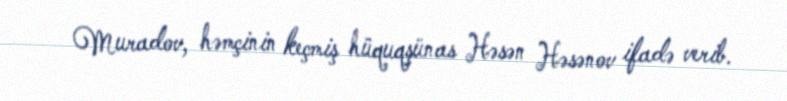
Muradov, həmçinin keçmiş hüquqşünas Həsən Həsənov ifadə verib.